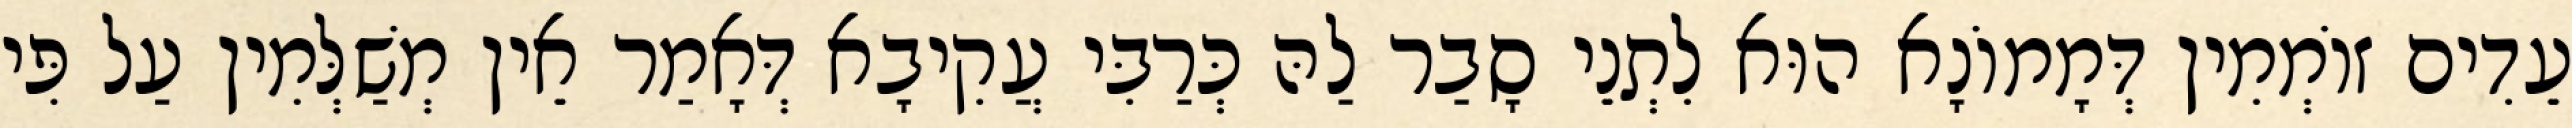
עֵדִים זוֹמְמִין דְּמָמוֹנָא הוּא לִתְנֵי סָבַר לַהּ כְּרַבִּי עֲקִיבָא דְּאָמַר אֵין מְשַׁלְּמִין עַל פִּי